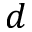
d